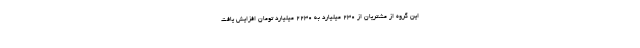
این گروه از مشتریان از ۲۳۰ میلیارد به ۲۲۳۰ میلیارد تومان افزایش یافت